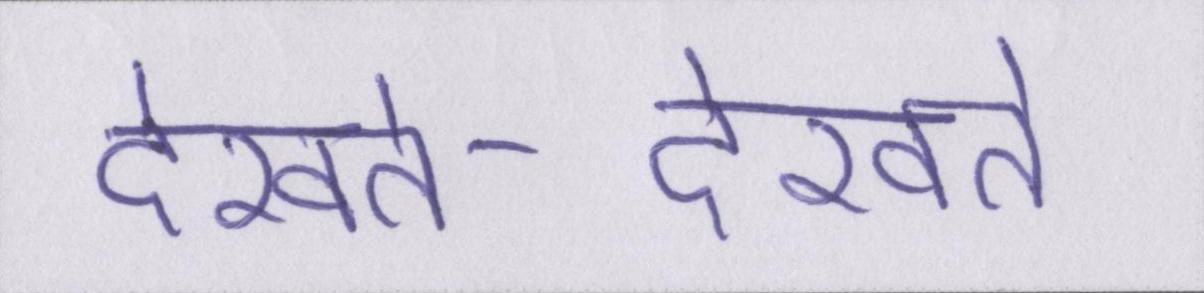
देखते-देखते